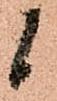
候